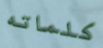
كلماته